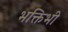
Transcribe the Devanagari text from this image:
भक्तिभी